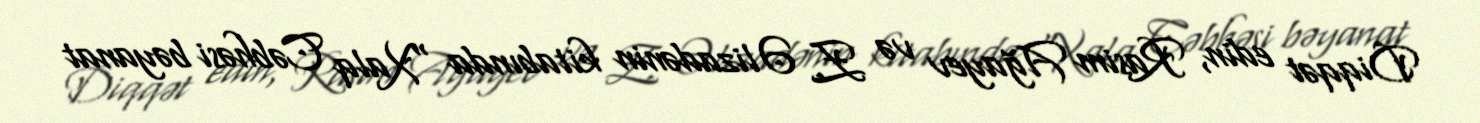
Diqqət edin, Rasim Ağayev və Z. Əlizadənin kitabında “Xalq Cəbhəsi bəyanat